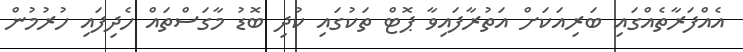
އެއްފަރާތެއްގައި ބަރިއަކަށް އަތުރާފައިވާ ޕޮޓް ތަކުގައި ކުދި ބޮޑު މާގަސްތައް ހެދިފައި ހުރުމުން